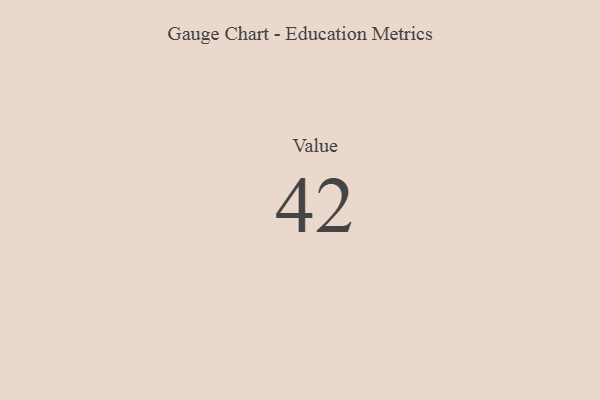
{"axis": {"x": "Metric", "y": "Value"}, "legend": [""], "data": [{"x": "Value", "y": 42, "type": ""}]}